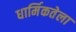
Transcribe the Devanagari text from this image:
धार्मिकतेला